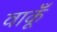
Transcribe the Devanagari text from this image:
वाकूँ